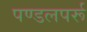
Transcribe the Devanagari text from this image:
पण्डलपर्रू